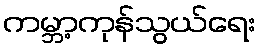
ကမ္ဘာ့ကုန်သွယ်ရေး